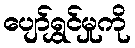
ပျော်ရွှင်မှုကို